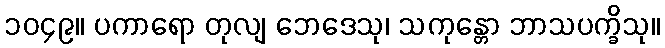
၁၀၄၉။ ပကာရော တုလျ ဘေဒေသု၊ သကုန္တော ဘာသပက္ခိသု။